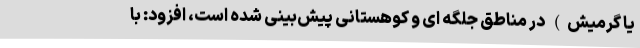
یا گرمیش) در مناطق جلگه ای و کوهستانی پیش‌بینی شده است، افزود: با